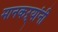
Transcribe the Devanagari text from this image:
मानकऱ्यांनी